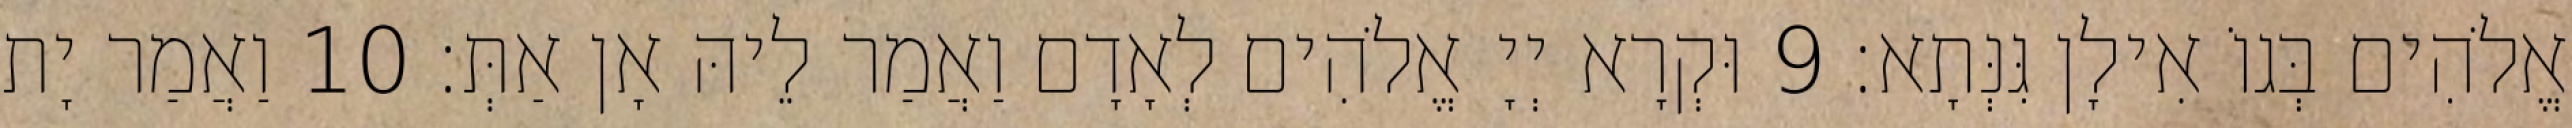
אֱלֹהִים בְּגוֹ אִילָן גִּנְּתָא׃ 9 וּקְרָא יְיָ אֱלֹהִים לְאָדָם וַאֲמַר לֵיהּ אָן אַתְּ׃ 10 וַאֲמַר יָת